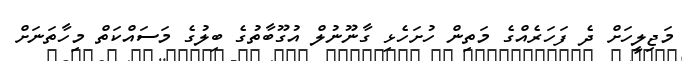
މަޖިލީހަށް ދެ ފަހަރެއްގެ މަތިން ހުށަހެޅި ގާނޫނުލް އުގޫބާތުގެ ބިލުގެ މަސައްކަތް މިހާތަނަށް